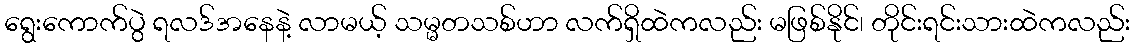
ရွေးကောက်ပွဲ ရလဒ်အနေနဲ့ လာမယ့် သမ္မတသစ်ဟာ လက်ရှိထဲကလည်း မဖြစ်နိုင်၊ တိုင်းရင်းသားထဲကလည်း